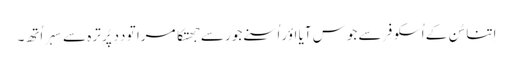
اِتنا سُن کے اُسکو فِر سے جوس آیا اؤر اُسنے جور سے جھتکا مرا تو دِدِ پُرِ ترہ سے سِہر اُتھِ۔